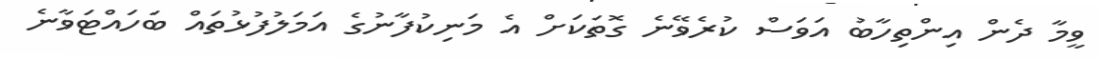
ވީމާ ދެން އިންތިހާބު އަވަސް ކުރެވޭނެ ގޮތަކަށް އެ މަނިކުފާނުގެ އަމަލުފުޅުތައް ބަހައްޓަވާނެ